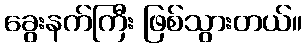
ခွေးနက်ကြီး ဖြစ်သွားတယ်။